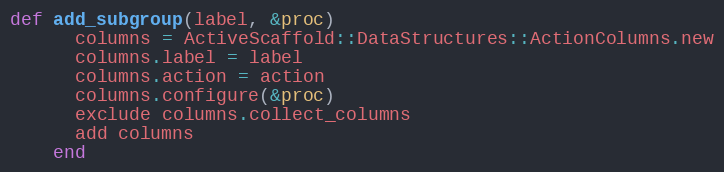
Language: Ruby
def add_subgroup(label, &proc)
      columns = ActiveScaffold::DataStructures::ActionColumns.new
      columns.label = label
      columns.action = action
      columns.configure(&proc)
      exclude columns.collect_columns
      add columns
    end